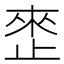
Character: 𰙬